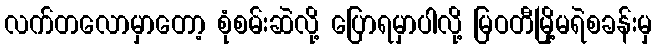
လက်တလောမှာတော့ စုံစမ်းဆဲလို့ ပြောရမှာပါလို့ မြဝတီမြို့မရဲစခန်းမှ